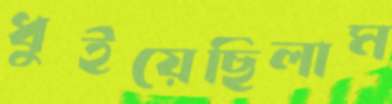
ধুইয়েছিলাম